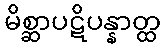
မိစ္ဆာပဋိပန္နာတ္ထ